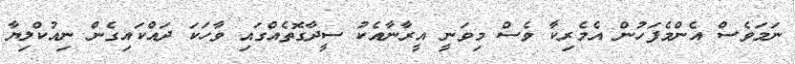
ނަމަވެސް އެންމެފަހުން އެމެރިކާ ވެސް މިވަނީ އީރާނާއެކު ސީދާގޮތެއްގައި ވާހަކަ ދައްކައިގެން ނިއުކްލިޔާ